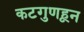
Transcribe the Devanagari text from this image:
कटगुणहून